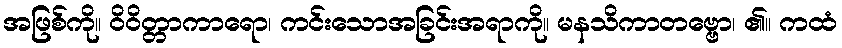
အဖြစ်ကို။ ဝိဝိတ္တာကာရော၊ ကင်းသောအခြင်းအရာကို။ မနသိကာတဗ္ဗော၊ ၏။ ကထံ